Aleksander_Warma, lk 18
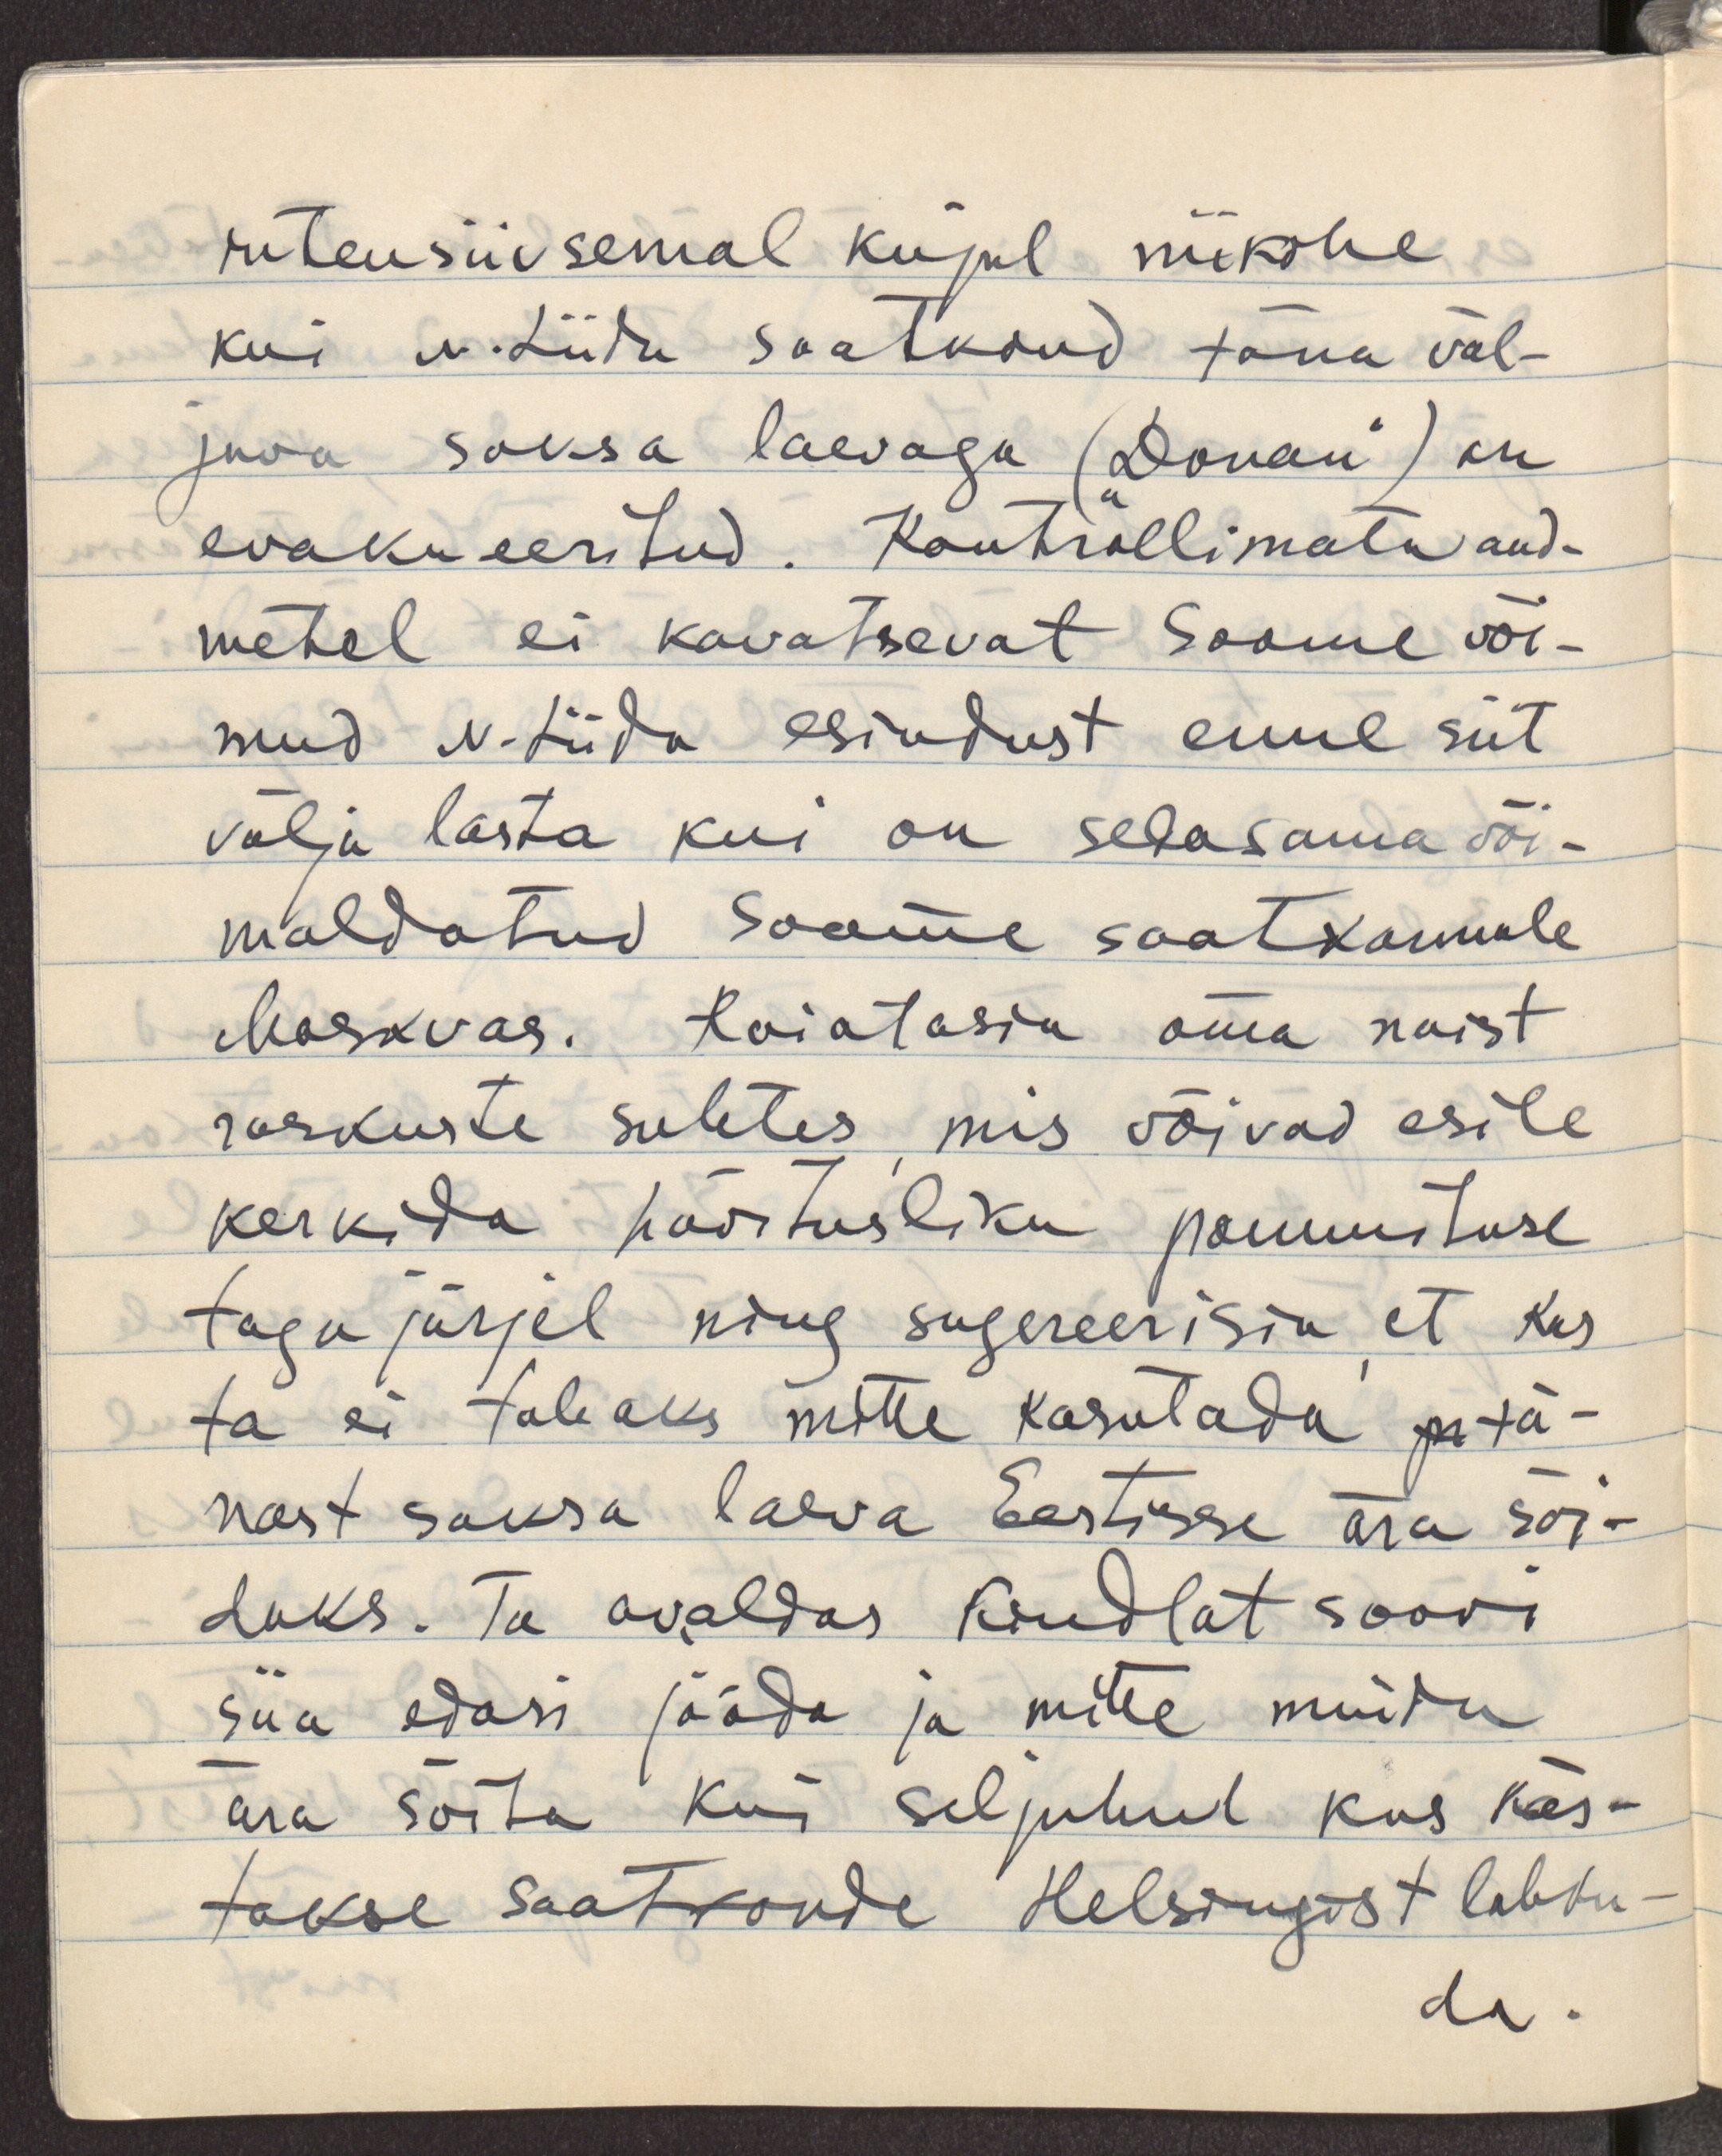
intensiivsemal kujul niikohe
kui N.Liidu saatkond täna väl-
juva saksa laevaga ("Donau") on
evakueeritud. Kontrollimata and-
metel ei kavatsevat Soome või-
mud N.Liidu esindust enne siit
välja lasta kui on sedasama või-
maldatud Soome saatkonnale
Moskvas. Hoiatasin oma naist
raskuste suhtes, mis võivad esile 
kerkida hävitusliku pommituse
taga järjel ning sugereerisin, et kas
ta ei tahaks mitte kasutada pr tä-
nast saksa laeva Eestisse ära sõi-
duks. Ta avaldas kindlat soovi
siia edasi jääda ja mitte muidu
ära sõita kui seljuhul kus käs-
takse saatkonde Helsingist lahku-
da.